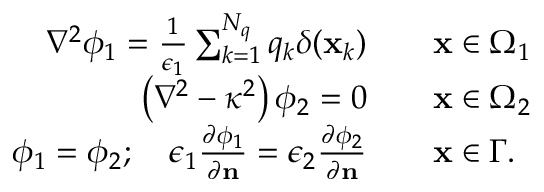
\begin{array} { r l } { \nabla ^ { 2 } \phi _ { 1 } = \frac { 1 } { \epsilon _ { 1 } } \sum _ { k = 1 } ^ { N _ { q } } q _ { k } \delta ( \mathbf { x } _ { k } ) \quad } & { \mathbf { x } \in \Omega _ { 1 } } \\ { \left( \nabla ^ { 2 } - \kappa ^ { 2 } \right) \phi _ { 2 } = 0 \quad } & { \mathbf { x } \in \Omega _ { 2 } } \\ { \phi _ { 1 } = \phi _ { 2 } ; \quad \epsilon _ { 1 } \frac { \partial \phi _ { 1 } } { \partial \mathbf { n } } = \epsilon _ { 2 } \frac { \partial \phi _ { 2 } } { \partial \mathbf { n } } \quad } & { \mathbf { x } \in \Gamma . } \end{array}